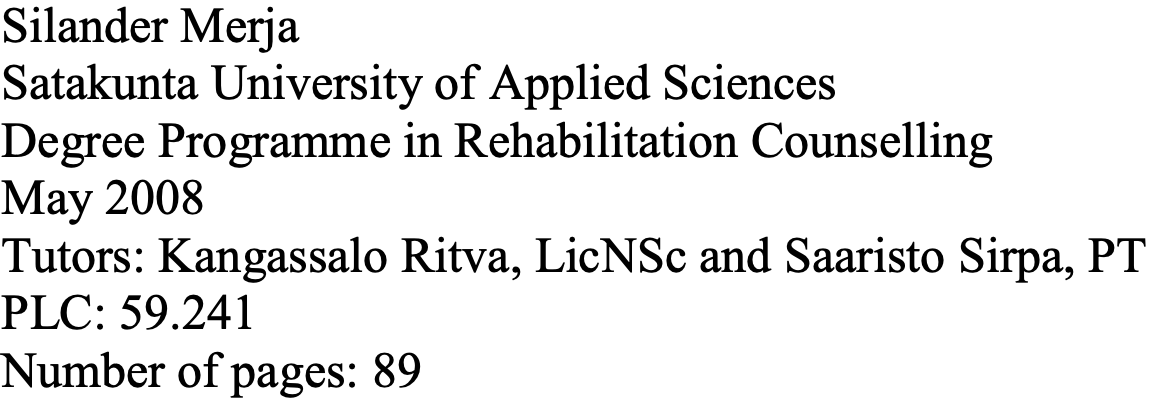
Silander Merja Satakunta University of Applied Sciences Degree Programme in Rehabilitation Counselling May 2008 Tutors: Kangassalo Ritva, LicNSc and Saaristo Sirpa, PT PLC: 59.241 Number of pages: 89